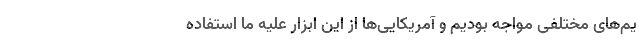
یم‌های مختلفی مواجه بودیم و آمریکایی‌ها از این ابزار علیه ما استفاده